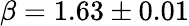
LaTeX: \beta=1.63\pm 0.01